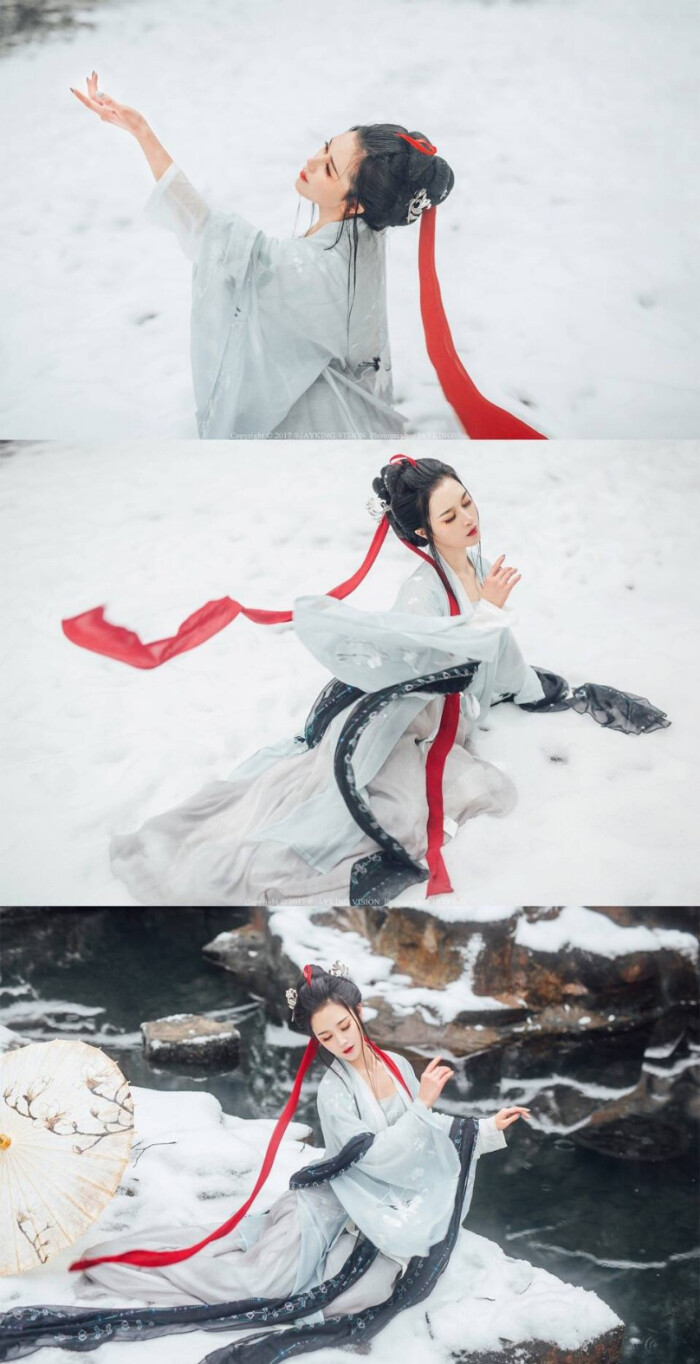
红日淡，绿烟晴。流莺三两声。